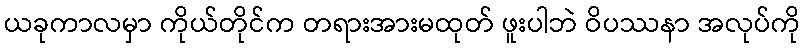
ယခုကာလမှာ ကိုယ်တိုင်က တရားအားမထုတ် ဖူးပါဘဲ ဝိပဿနာ အလုပ်ကို